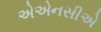
એએનસીએ